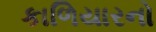
કાળિયારનો